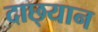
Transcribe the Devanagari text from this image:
दाछ्यान